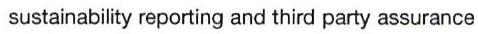
 sustainability reporting and third party assurance